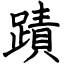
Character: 蹟